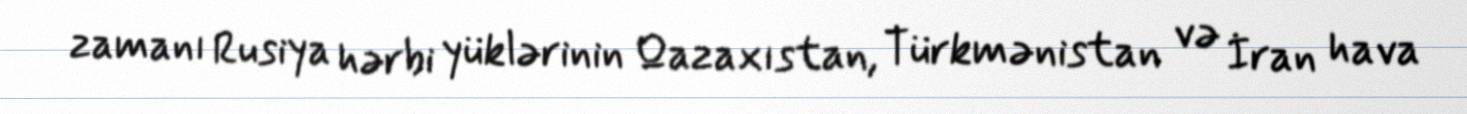
zamanı Rusiya hərbi yüklərinin Qazaxıstan, Türkmənistan və İran hava